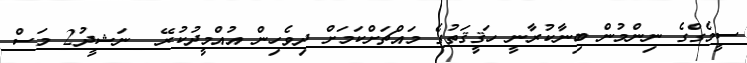
ސީމެގްގެ ނިންމުން ބިނާކުރާނީ ހަޤީޤަތުގެ މައްޗަށްކަމަށް ދިވެހިން އުއްމީދުކުރޭ  ނަޝީދު2 މަސް